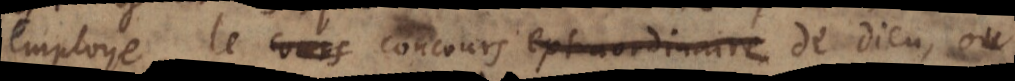
employe le concours extraordinaire de Dieu ou